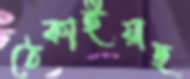
ঠেকাইয়াছ